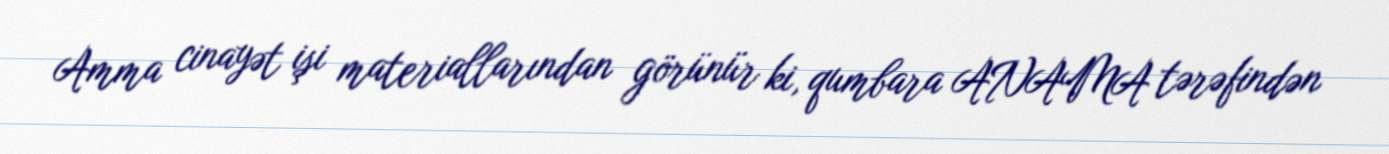
Amma cinayət işi materiallarından görünür ki, qumbara ANAMA tərəfindən